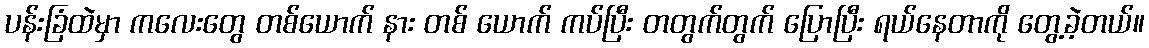
ပန်းခြံထဲမှာ ကလေးတွေ တစ်ယောက် နား တစ် ယောက် ကပ်ပြီး တတွက်တွက် ပြောပြီး ရယ်နေတာကို တွေ့ခဲ့တယ်။